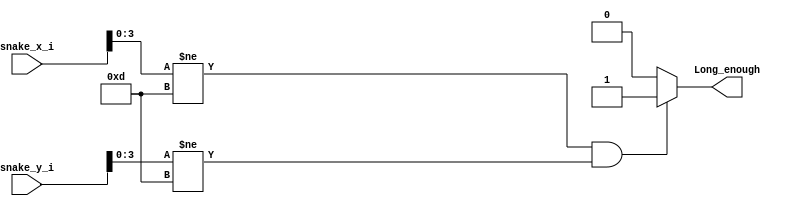
module Size(Long_enough, snake_x_i, snake_y_i);
output reg Long_enough;
input [39:0] snake_x_i, snake_y_i;
wire [3:0] snake_x[9:0], snake_y[9:0];
assign {snake_x[9],snake_x[8],snake_x[7],snake_x[6],snake_x[5],snake_x[4],snake_x[3],snake_x[2],snake_x[1],snake_x[0]} = snake_x_i; 
assign {snake_y[9],snake_y[8],snake_y[7],snake_y[6],snake_y[5],snake_y[4],snake_y[3],snake_y[2],snake_y[1],snake_y[0]} = snake_y_i; 
always @(*)
begin
    if(snake_x[0] != 4'd13 && snake_y[0] != 4'd13)
        Long_enough = 1;
    else 
        Long_enough = 0;
end
endmodule